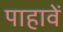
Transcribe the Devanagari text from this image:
पाहावें